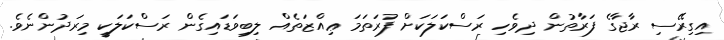
އިގިރޭސި ރާޖާގެ ފަރާތުން ދިވެހި ރަސްކަލަކަށް ފުރަތަމަ ޢިއްޒަތެއް ލިބިވަޑައިގެން ރަސްކަލަކީ މިރަދުންނެވެ.